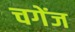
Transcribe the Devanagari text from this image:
चगेंज